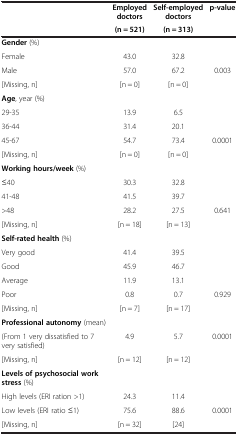
<table><thead><tr><td rowspan="2"><b> </b></td><td><b>Employed doctors</b></td><td><b>Self-employed doctors</b></td><td rowspan="2"><b>p-value</b></td></tr><tr><td><b>(n = 521)</b></td><td><b>(n = 313)</b></td></tr></thead><tbody><tr><td><b>Gender</b> (%)</td><td> </td><td> </td><td> </td></tr><tr><td>Female</td><td>43.0</td><td>32.8</td><td> </td></tr><tr><td>Male</td><td>57.0</td><td>67.2</td><td>0.003</td></tr><tr><td>[Missing, n]</td><td>[n = 0]</td><td>[n = 0]</td><td> </td></tr><tr><td><b>Age</b>, year (%)</td><td> </td><td> </td><td> </td></tr><tr><td>29-35</td><td>13.9</td><td>6.5</td><td> </td></tr><tr><td>36-44</td><td>31.4</td><td>20.1</td><td> </td></tr><tr><td>45-67</td><td>54.7</td><td>73.4</td><td>0.0001</td></tr><tr><td>[Missing, n]</td><td>[n = 0]</td><td>[n = 0]</td><td> </td></tr><tr><td><b>Working hours/week </b>(%)</td><td> </td><td> </td><td> </td></tr><tr><td>≤40</td><td>30.3</td><td>32.8</td><td> </td></tr><tr><td>41-48</td><td>41.5</td><td>39.7</td><td> </td></tr><tr><td>&gt;48</td><td>28.2</td><td>27.5</td><td>0.641</td></tr><tr><td>[Missing, n]</td><td>[n = 18]</td><td>[n = 13]</td><td> </td></tr><tr><td><b>Self-rated health</b> (%)</td><td> </td><td> </td><td> </td></tr><tr><td>Very good</td><td>41.4</td><td>39.5</td><td> </td></tr><tr><td>Good</td><td>45.9</td><td>46.7</td><td> </td></tr><tr><td>Average</td><td>11.9</td><td>13.1</td><td> </td></tr><tr><td>Poor</td><td>0.8</td><td>0.7</td><td>0.929</td></tr><tr><td>[Missing, n]</td><td>[n = 7]</td><td>[n = 17]</td><td> </td></tr><tr><td><b>Professional autonomy</b> (mean)</td><td> </td><td> </td><td> </td></tr><tr><td>(From 1 very dissatisfied to 7 very satisfied)</td><td>4.9</td><td>5.7</td><td>0.0001</td></tr><tr><td>[Missing, n]</td><td>[n = 12]</td><td>[n = 12]</td><td> </td></tr><tr><td><b>Levels of psychosocial work stress</b> (%)</td><td> </td><td> </td><td> </td></tr><tr><td>High levels (ERI ration &gt;1)</td><td>24.3</td><td>11.4</td><td> </td></tr><tr><td>Low levels (ERI ratio ≤1)</td><td>75.6</td><td>88.6</td><td>0.0001</td></tr><tr><td>[Missing, n]</td><td>[n = 32]</td><td>[24]</td><td> </td></tr></tbody></table>